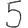
Digit: 5